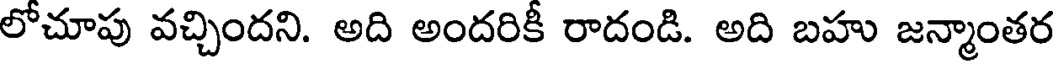
లోచూపు వచ్చిందని. అది అందరికీ రాదండి. అది బహు జన్మాంతర